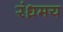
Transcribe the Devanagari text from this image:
रंध्रमय